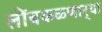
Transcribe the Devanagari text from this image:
लोंबकळणार्‍या